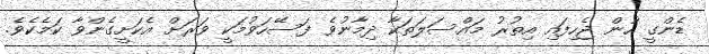
ޑެންގީ ހުން ޖެހިފައި އިތުރު މައްސަލަތަކާ ދިމާނުވެ ފަސޭހަވުމަކީ ވަރަށް އެކަށީގެންވާ ކަމެކެވެ.